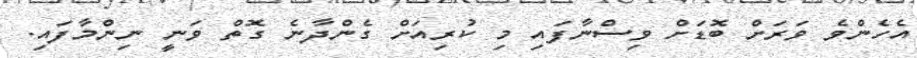
އެހެންވެ ވަރަށް ބޮޑަށް ވިސްނާފައި މި ކުރިއަށް ގެންދާނެ ގޮތް ވަނީ ނިންމާފައި.